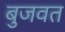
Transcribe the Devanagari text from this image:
बुजवत